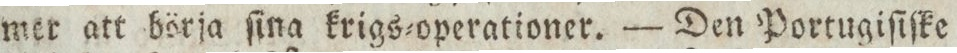
mer att börja ſina krigs=operationer. — Den Portugiſiſke